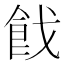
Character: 𩚧